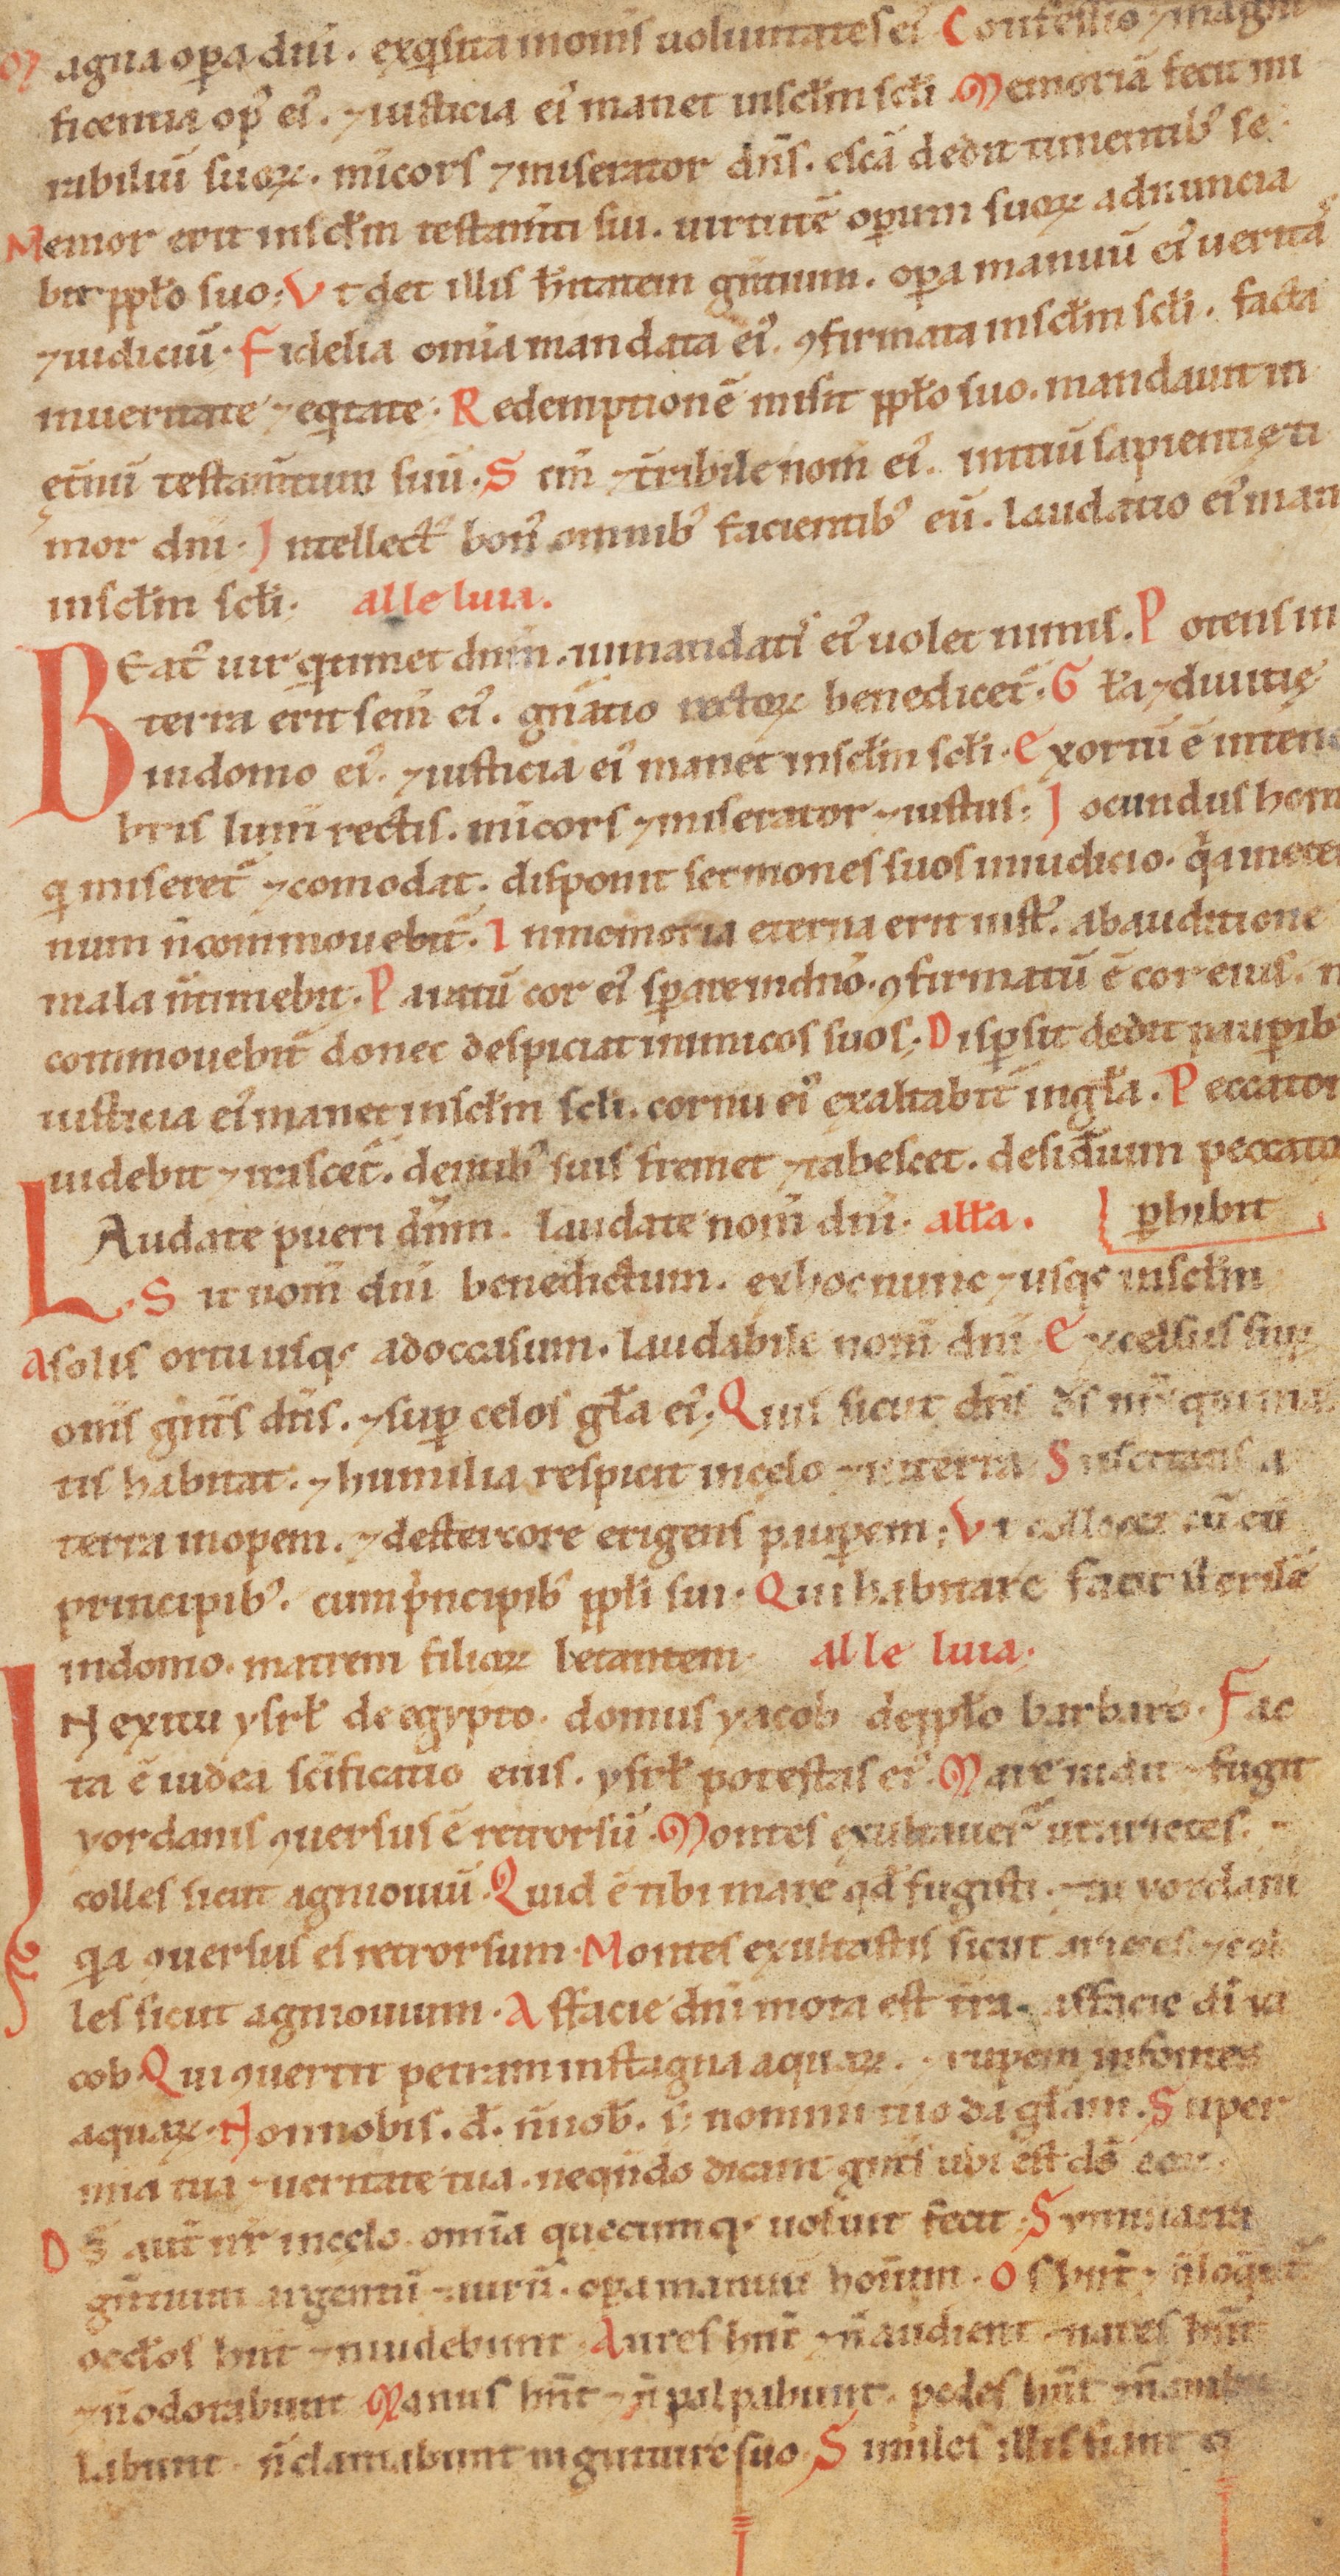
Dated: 1100–1199